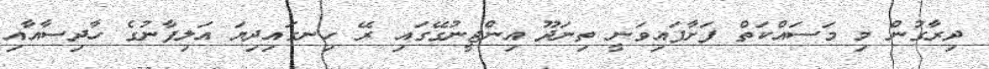
ދިރާގުން މި މަސައްކަތް ފަށާފައިވަނީ ތިނަދޫ އިންޖީނުގޭގައި ރޭ ހިނގައިދިޔަ އަލިފާނުގެ ހާދިސާއާއި